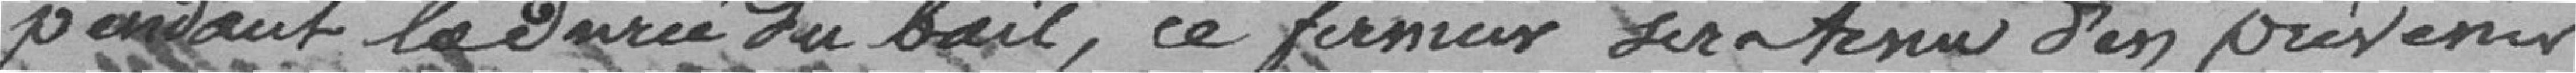
pendant la durée du bail, ce fermier sera tenu d'en prévenir